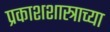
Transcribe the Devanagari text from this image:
प्रकाशशास्त्राच्या